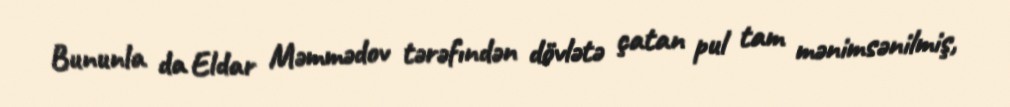
Bununla da Eldar Məmmədov tərəfındən dövlətə çatan pul tam mənimsənilmiş,